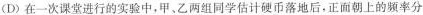
(D)在一次课堂进行的实验中，甲、乙两组同学估计硬币落地后，正面朝上的频率分